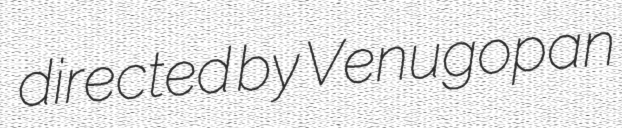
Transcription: directed by Venugopan